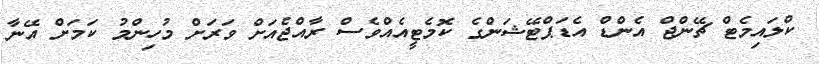
ކްލައިމެޓް ޗޭންޖް އެންޑް އެޑަޕްޓޭޝަންގެ ކޮމެޓީއެއްވެސް ރާއްޖެއަށް ވަރަށް މުހިންމު ކަމަށް އޭނާ